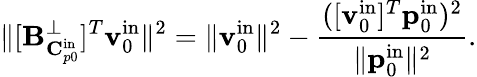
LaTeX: \| [\mathbf{B}_{\mathbf{C}_{p0}^{\mathrm{in}}}^{\perp}]^{T}\mathbf{v}_{0}^{\mathrm{in}}\| ^{2}=\| \mathbf{v}_{0}^{\mathrm{in}}\| ^{2}-\frac{([\mathbf{v}_{0}^{\mathrm{in}}]^{T}\mathbf{p}_{0}^{\mathrm{in}})^{2}}{\| \mathbf{p}_{0}^{\mathrm{in}}\| ^{2}}.